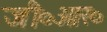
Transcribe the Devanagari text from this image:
जी०आर०